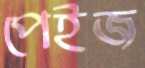
পেইজ